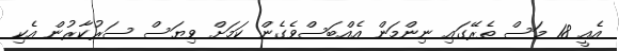
އެއީ 18 މަސް ތެރޭގައި ނިންމަން އެއްބަސްވެގެން ކަމަށް ވިޔަސް ސަރުކާރުން އެކި